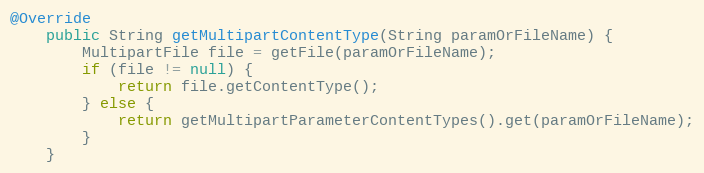
Language: Java
@Override
    public String getMultipartContentType(String paramOrFileName) {
        MultipartFile file = getFile(paramOrFileName);
        if (file != null) {
            return file.getContentType();
        } else {
            return getMultipartParameterContentTypes().get(paramOrFileName);
        }
    }